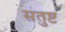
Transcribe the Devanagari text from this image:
सतुष्ट